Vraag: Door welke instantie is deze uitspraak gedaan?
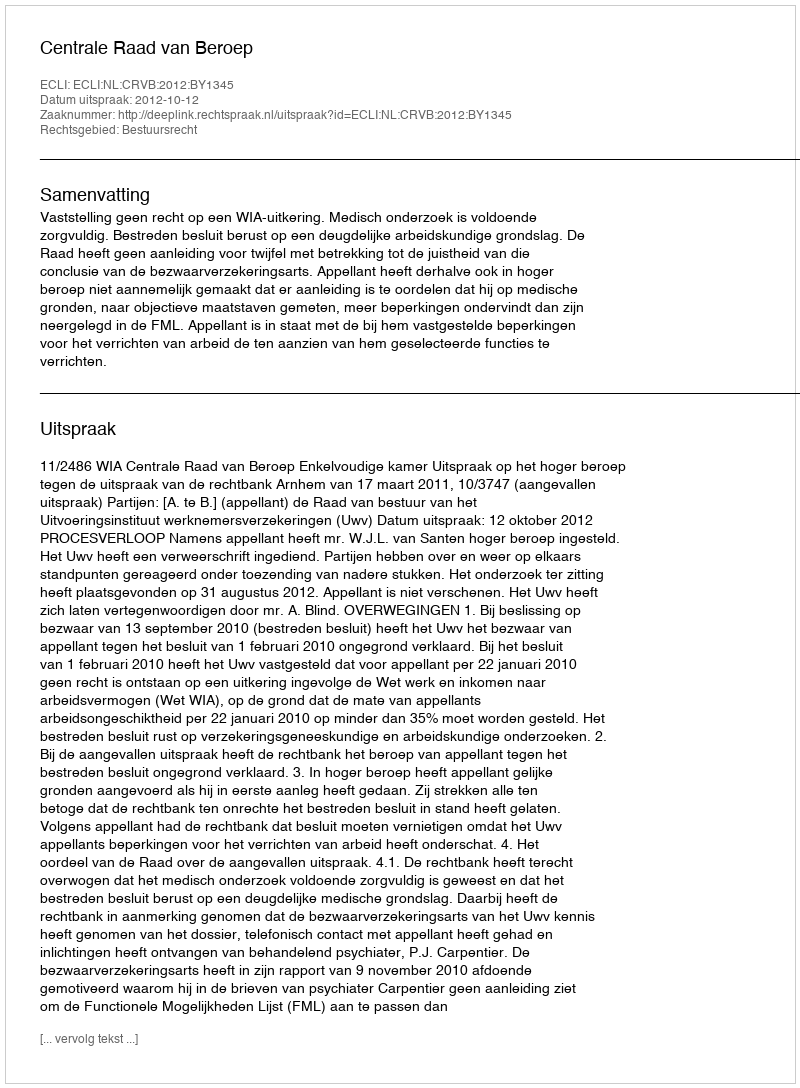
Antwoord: Centrale Raad van Beroep